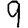
Digit: 9